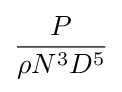
{\frac {P}{\rho N^{3}D^{5}}}